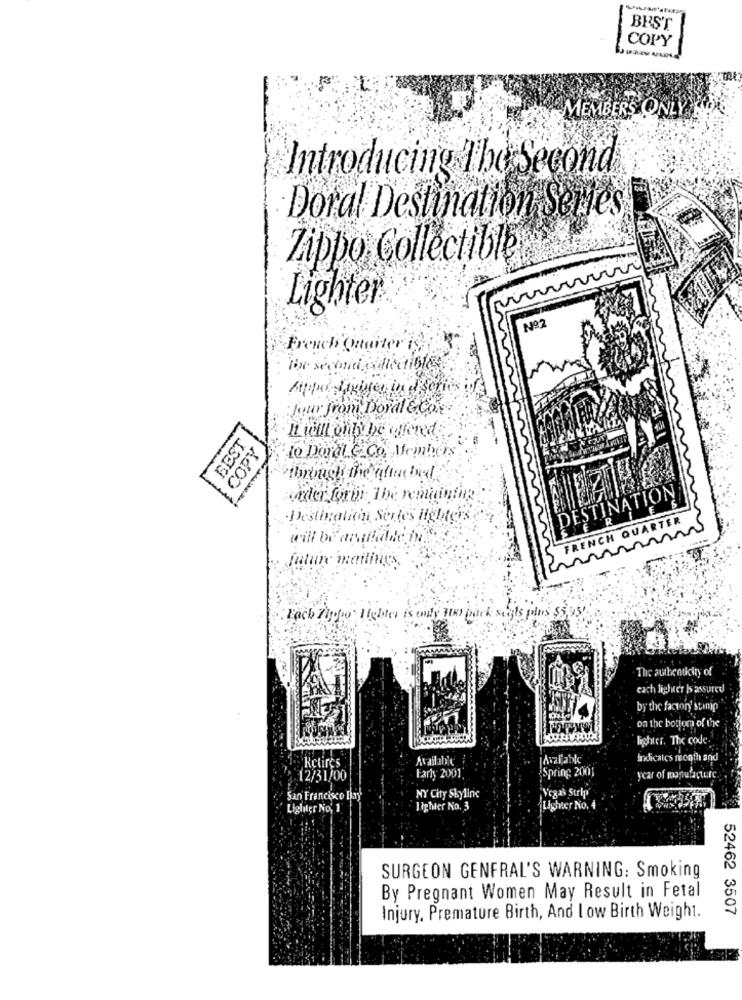
BEST
COPY
MEMBERS ONLY
Introducing The Second
Doral Destination Series
Zippo Collectible
Lighter
Nº2
French Quarter isz
The second collectibles
Sippel Lighter in aseries
: Jour from Doral & Co.
.It will only be offered:
BEST
COPY
Lo Doral. & Co. Meinbers
Through the olia bed.
vider forin the remaintip.
DESTINATION
Destination Serles Hgbters
FRENCH QUARTER
will be anailalde in.
future mailings.
Lack Zippo lighter is vidy HH
The authenticity of
cach lighter Is assured
by the factory' stamp
on the bottom of the
lighter. The code.
Retires
Available
Avalabk
Indicates month and
Spring 2001
12/31/00
Early 2001
year of manufacture
Vegas Strip
San Francisco Day
NY City Skyline
Lighter No, 1
lighter No. 3
Lighter No.
SURGEON GENFRAL'S WARNING: Smoking
By Pregnant Women May Result in Fetal
52462 3507
Injury, Premature Birth, And I ow Birth Weight.